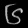
Digit: ၆